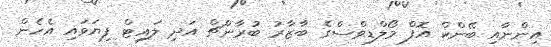
އިންނާއި ބޭންކް އޮފް މޯލްޑިވްސްގެ ބާޒާރު ބުރާންޗް އަދި ލައިޓް ފިޔަވައި އެހެން